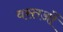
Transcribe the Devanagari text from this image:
वस्तओं